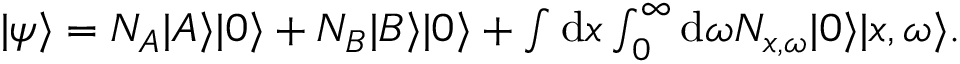
\begin{array} { r } { | \psi \rangle = N _ { A } | A \rangle | 0 \rangle + N _ { B } | B \rangle | 0 \rangle + \int \mathrm { d } x \int _ { 0 } ^ { \infty } \mathrm { d } \omega N _ { x , \omega } | 0 \rangle | x , \omega \rangle . } \end{array}